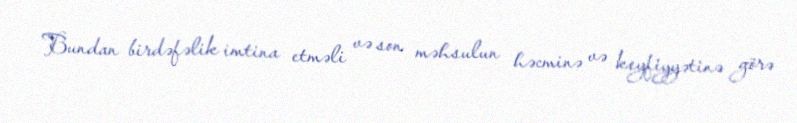
Bundan birdəfəlik imtina etməli və son məhsulun həcminə və keyfiyyətinə görə